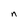
Character: n